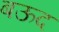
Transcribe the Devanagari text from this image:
बऊद